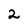
Character: 2